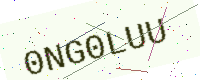
Text: 0NG0LUU